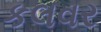
કલવર